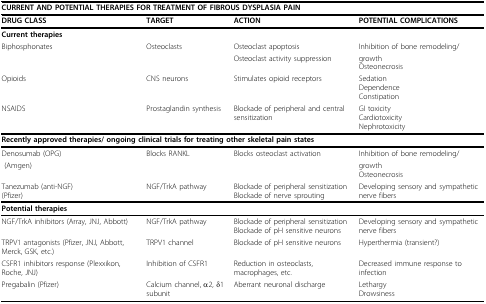
| <COLSPAN=4> CURRENT AND POTENTIAL THERAPIES FOR TREATMENT OF FIBROUS DYSPLASIA PAIN |
 | --- | --- | --- | --- |
 | DRUG CLASS | TARGET | ACTION | POTENTIAL COMPLICATIONS |
 | Current therapies |  |  |  |
 | Biphosphonates | Osteoclasts | Osteoclast apoptosis | Inhibition of bone remodeling/ |
 |  |  | Osteoclast activity suppression | growthOsteonecrosis |
 | Opioids | CNS neurons | Stimulates opioid receptors | SedationDependenceConstipation |
 | NSAIDS | Prostaglandin synthesis | Blockade of peripheral and central sensitization | GI toxicityCardiotoxicityNephrotoxicity |
 | <COLSPAN=4> Recently approved therapies/ ongoing clinical trials for treating other skeletal pain states |
 | Denosumab (OPG) | Blocks RANKL | Blocks osteoclast activation | Inhibition of bone remodeling/ |
 | (Amgen) |  |  | growthOsteonecrosis |
 | Tanezumab (anti-NGF)(Pfizer) | NGF/TrkA pathway | Blockade of peripheral sensitizationBlockade of nerve sprouting | Developing sensory and sympathetic nerve fibers |
 | <COLSPAN=4> Potential therapies |
 | NGF/TrkA inhibitors (Array, JNJ, Abbott) | NGF/TrkA pathway | Blockade of peripheral sensitizationBlockade of pH sensitive neurons | Developing sensory and sympathetic nerve fibers |
 | TRPV1 antagonists (Pfizer, JNJ, Abbott, Merck, GSK, etc.) | TRPV1 channel | Blockade of pH sensitive neurons | Hyperthermia (transient?) |
 | CSFR1 inhibitors response (Plexxikon, Roche, JNJ) | Inhibition of CSFR1 | Reduction in osteoclasts, macrophages, etc. | Decreased immune response to infection |
 | Pregabalin (Pfizer) | Calcium channel, α2, δ1 subunit | Aberrant neuronal discharge | LethargyDrowsiness |